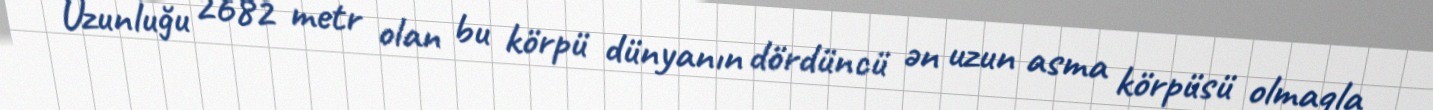
Uzunluğu 2682 metr olan bu körpü dünyanın dördüncü ən uzun asma körpüsü olmaqla